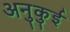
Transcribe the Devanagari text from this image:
अनुकुई